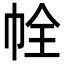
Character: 𢂘